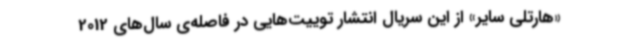
«هارتلی سایر» از این سریال انتشار توییت‌هایی در فاصله‌ی سال‌های 2012